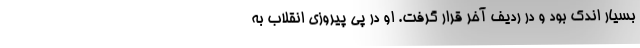
بسیار اندک بود و در ردیف آخر قرار گرفت. او در پی پیروزی انقلاب به